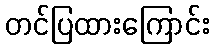
တင်ပြထားကြောင်း